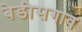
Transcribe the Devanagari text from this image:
बेडीसगाव